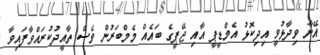
އޭނާ ވިދާޅުވީ އިދިކޮޅު އެމްޑީޕީ އާއި ޖޭޕީީގެ ބައެއް މެމްބަރުން ވެސް ތާއީދުކުރައްވާފައިވާ